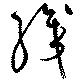
織